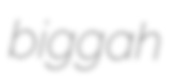
biggah